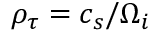
\rho _ { \tau } = c _ { s } / \Omega _ { i }